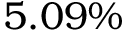
5 . 0 9 \%